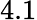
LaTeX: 4.1